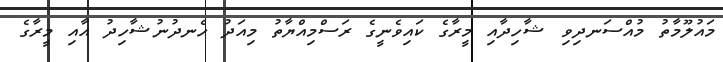
މައުލޫމާތު މުއްސަނދިވި ޝާހިދާއި މީރާގެ ކައިވެނީގެ ރަސްމިއްޔާތު މިއަދު ހެނދުނުޝާހިދު އާއި މީރާގެ